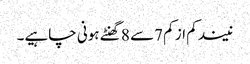
نیند کم از کم 7سے 8 گھنٹے ہونی چاہیے۔